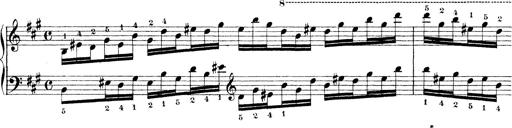
Title: Technische Studien
Composer: Franz Liszt